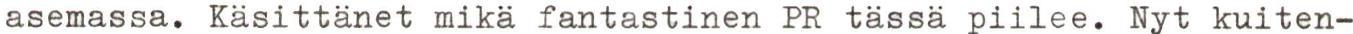
asemassa. Käsittänet mikä fantastinen PR tässä piilee. Nyt kuiten-